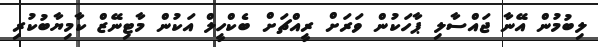
ލިބުމުން އޭނާ ޖައްސާލި ޕާހަކުން ވަރަށް ރީއްޗަށް ބެކްހީލް އަކުން މާޓިނޭޒް ކާމިޔާބުކުރި